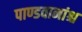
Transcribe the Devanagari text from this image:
पाण्डवानांश्च